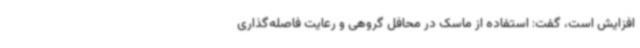
افزایش است، گفت: استفاده از ماسک در محافل گروهی و رعایت فاصله‌گذاری